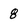
Character: 8